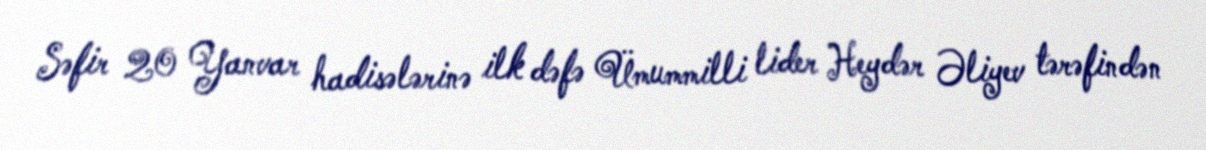
Səfir 20 Yanvar hadisələrinə ilk dəfə Ümummilli lider Heydər Əliyev tərəfindən